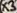
Text: X3